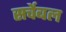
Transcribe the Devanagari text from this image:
सर्चेबल